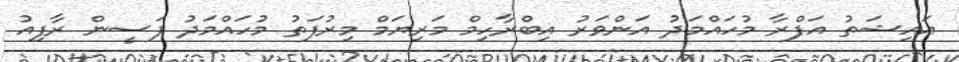
އައިޝަތު އަފްރާ މުހައްމަދު އަންވަރު އިބްރާހިމް މަރިޔަމް މިރުފަތު މުހައްމަދު ފަސީން ރާފިއު